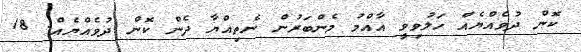
ކޮން ދުވެއްޔެއް ހަލުވިވީ އާއްމު މެންބަރުން ނެތިއްޔާ ދެން ކޮން ދުވެއްޔެއް. 18